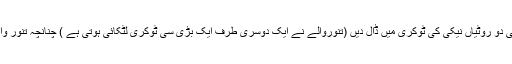
ہاں ، دو روٹیوں کے پیسے زیادہ ہیں ان کی دو روٹیاں نیکی کی ٹوکری میں ڈال دیں (تنوروالے نے ایک دوسری طرف ایک بڑی سی ٹوکری لٹکائی ہوتی ہے ) چنانچہ تنور والا دو روٹیاں اس ٹوکری میں ڈال دیتا ہے ۔